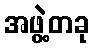
အဖွဲ့တခု